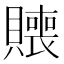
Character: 𰷑